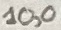
Text: 10,0